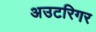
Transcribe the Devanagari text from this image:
अउटरिगर